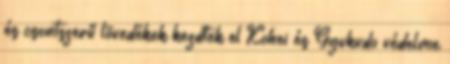
és csontszerű lövedékek kezdtek el Kohei és Gyukudo védelme